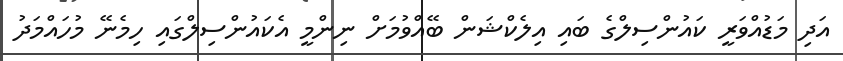
އަދި މަޑުއްވަރީ ކައުންސިލްގެ ބައި އިލެކްޝަން ބޭއްވުމަށް ނިންމީ އެކައުންސިލްގައި ހިމެނޭ މުހައްމަދު